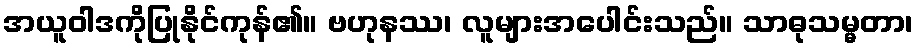
အယူဝါဒကိုပြုနိုင်ကုန်၏။ ဗဟုနဿ၊ လူများအပေါင်းသည်။ သာဓုသမ္မတာ၊